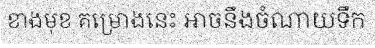
ខាងមុខ គម្រោងនេះ អាចនឹងចំណាយទឹក